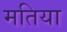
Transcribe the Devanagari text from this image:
मतिया